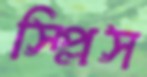
স্প্লিস